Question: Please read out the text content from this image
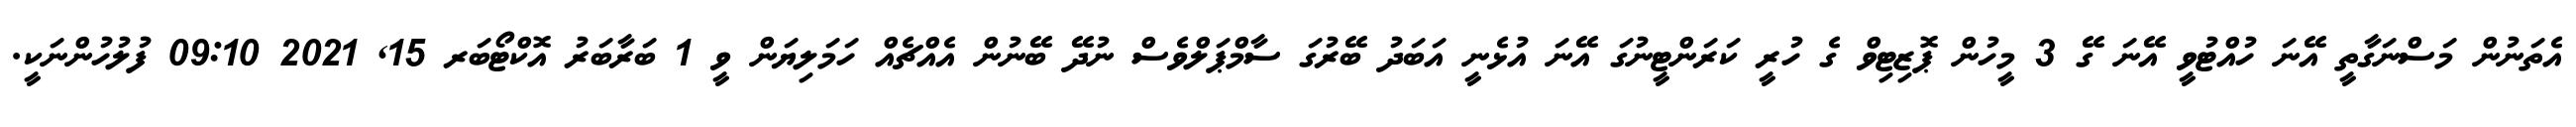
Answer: އެތަނުން މަސްނަގާތީ އޭނަ ހުއްޓުވީ އޭނަ ގޭ 3 މީހުން ޕޮޒިޓިވް ގެ ހުރީ ކަރަންޓީނުގަ އޭނަ އުޅެނީ އަބަދު ބޭރުގަ ސާމްޕަލްވެސް ނުދޭ ބޭނުން އެއްޗެއް ހަމަލިޔަން ވީ 1 ބަރާބަރު އޮކްޓޯބަރ 15, 2021 09:10 ފުލުހުންނަކީ.